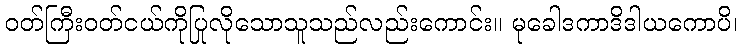
ဝတ်ကြီးဝတ်ငယ်ကိုပြုလိုသောသူသည်လည်းကောင်း။ မုခေါဒကာဒိဒါယကောပိ၊